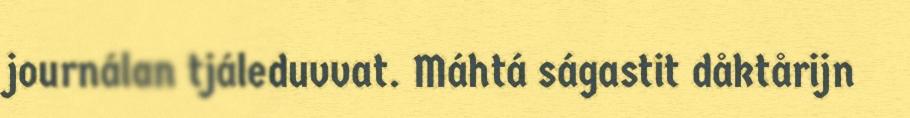
journálan tjáleduvvat. Máhtá ságastit dåktårijn